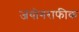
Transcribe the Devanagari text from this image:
जयोगराफीक